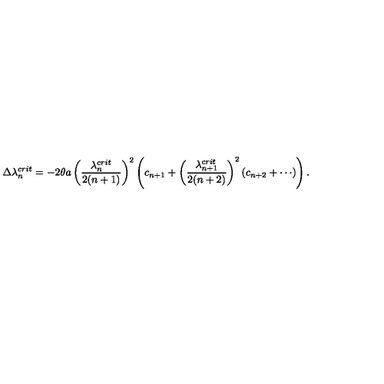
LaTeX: \Delta \lambda _ { n } ^ { c r i t } = - 2 \theta a \left( \frac { \lambda _ { n } ^ { c r i t } } { 2 ( n + 1 ) } \right) ^ { 2 } \left( c _ { n + 1 } + \left( \frac { \lambda _ { n + 1 } ^ { c r i t } } { 2 ( n + 2 ) } \right) ^ { 2 } \left( c _ { n + 2 } + \cdots \right) \right) .